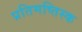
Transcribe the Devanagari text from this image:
प्रतिमष्तिस्क